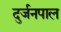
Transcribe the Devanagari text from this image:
दुर्जनपाल